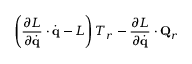
\left( { \frac { \partial L } { \partial { \dot { \mathbf { q } } } } } \cdot { \dot { \mathbf { q } } } - L \right) T _ { r } - { \frac { \partial L } { \partial { \dot { \mathbf { q } } } } } \cdot \mathbf { Q } _ { r }